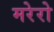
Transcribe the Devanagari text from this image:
मरेरो